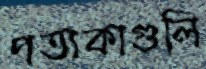
পতাকাগুলি